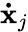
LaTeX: \mathbf{\dot{x}}_{j}